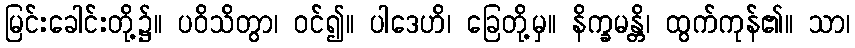
မြင်းခေါင်းတို့၌။ ပဝိသိတွာ၊ ဝင်၍။ ပါဒေဟိ၊ ခြေတို့မှ။ နိက္ခမန္တိ၊ ထွက်ကုန်၏။ သာ၊